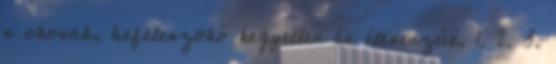
s okosak, befeleszökő kegyetlen és éleseszűé. 1. 2. 3.